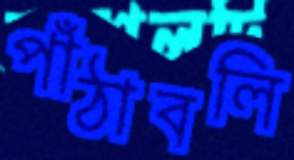
পাঁঠাবলি